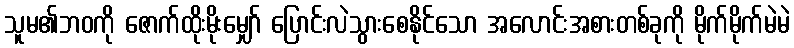
သူမ၏ဘဝကို ဇောက်ထိုးမိုးမျှော် ပြောင်းလဲသွားစေနိုင်သော အလောင်းအစားတစ်ခုကို မိုက်မိုက်မဲမဲ